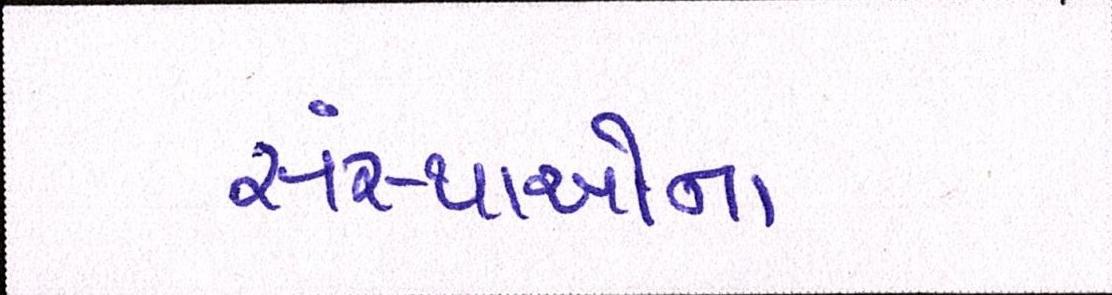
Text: સંસ્થાઓના